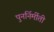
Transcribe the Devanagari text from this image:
पुनर्निर्मीती